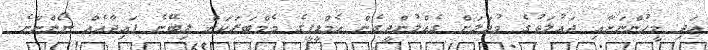
އަދި މީހުންނަށާއި ދައުލަތުގެ މުދަލަށް ގެއްލުންދީގެން އެމްޑީޕީގެ މެމްބަރަކަށް ލިބޭނެ ފައިދާއެއް ނޯންނާނެ